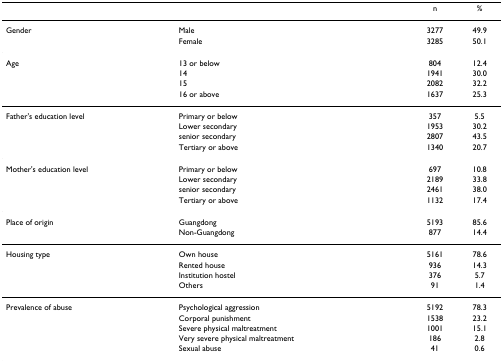
|  |  | n | % |
 | --- | --- | --- | --- |
 | Gender | Male | 3277 | 49.9 |
 |  | Female | 3285 | 50.1 |
 | Age | 13 or below | 804 | 12.4 |
 |  | 14 | 1941 | 30.0 |
 |  | 15 | 2082 | 32.2 |
 |  | 16 or above | 1637 | 25.3 |
 | Father's education level | Primary or below | 357 | 5.5 |
 |  | Lower secondary | 1953 | 30.2 |
 |  | senior secondary | 2807 | 43.5 |
 |  | Tertiary or above | 1340 | 20.7 |
 | Mother's education level | Primary or below | 697 | 10.8 |
 |  | Lower secondary | 2189 | 33.8 |
 |  | senior secondary | 2461 | 38.0 |
 |  | Tertiary or above | 1132 | 17.4 |
 | Place of origin | Guangdong | 5193 | 85.6 |
 |  | Non-Guangdong | 877 | 14.4 |
 | Housing type | Own house | 5161 | 78.6 |
 |  | Rented house | 936 | 14.3 |
 |  | Institution hostel | 376 | 5.7 |
 |  | Others | 91 | 1.4 |
 | Prevalence of abuse | Psychological aggression | 5192 | 78.3 |
 |  | Corporal punishment | 1538 | 23.2 |
 |  | Severe physical maltreatment | 1001 | 15.1 |
 |  | Very severe physical maltreatment | 186 | 2.8 |
 |  | Sexual abuse | 41 | 0.6 |